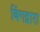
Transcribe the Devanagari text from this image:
बिंगद्वारा